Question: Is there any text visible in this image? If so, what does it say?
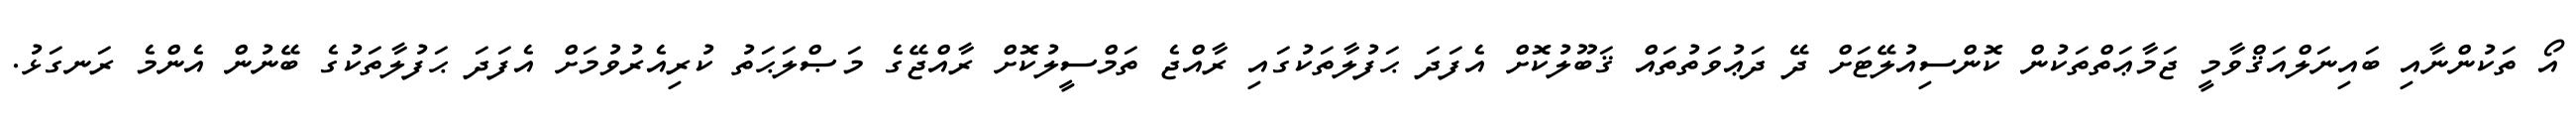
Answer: އޯ ތަކުންނާއި ބައިނަލްއަޤްވާމީ ޖަމާޢަތްތަކުން ކޮންސިއުލޭޓަށް ދޭ ދަޢުވަތުތައް ޤަބޫލުކޮށް އެފަދަ ޙަފުލާތަކުގައި ރާއްޖެ ތަމްސީލުކޮށް ރާއްޖޭގެ މަޞްލަޙަތު ކުރިއެރުވުމަށް އެފަދަ ޙަފުލާތަކުގެ ބޭނުން އެންމެ ރަނގަޅު.